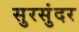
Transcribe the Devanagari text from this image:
सुरसुंदर